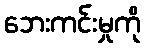
ဘေးကင်းမှုကို